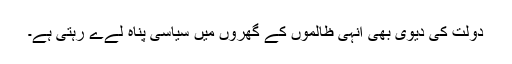
دولت کی دیوی بھی انہی ظالموں کے گھروں میں سیاسی پناہ لےے رہتی ہے۔